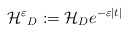
\begin{align*}{\cal {H^{\varepsilon }}}_{D}:={\cal {H}}_{D}e^{-\varepsilon |t|}\end{align*}